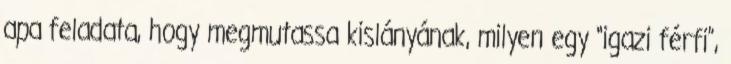
apa feladata, hogy megmutassa kislányának, milyen egy “igazi férfi”,